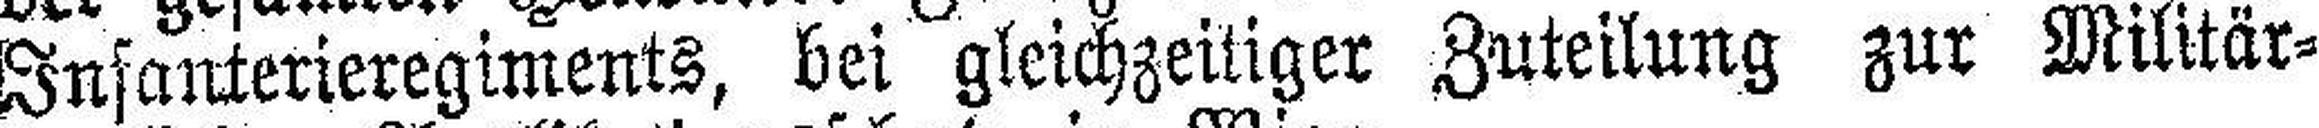
Infanterieregiments, bei gleichzeitiger Zuteilung zur Militär¬